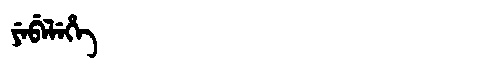
Manchu: ᠶᡝᠪᡝᠯᡝᡥᡝ
Romanization: YEBELEHE